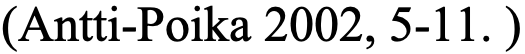
(Antti-Poika 2002, 5-11. )